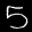
Label: 5